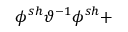
\phi ^ { s h } \vartheta ^ { - 1 } \phi ^ { s h } + \protect